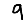
Digit: 9